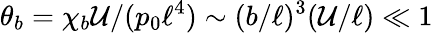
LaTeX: \theta_{b}=\chi_{b}\mathcal{U}/(p_{0}\ell^{4})\sim(b/\ell)^{3}(\mathcal{U}/\ell)\ll 1